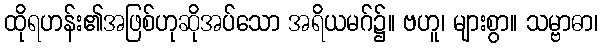
ထိုရဟန်း၏အဖြစ်ဟုဆိုအပ်သော အရိယမဂ်၌။ ဗဟူ၊ များစွာ။ သမ္ဗာဓာ၊